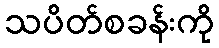
သပိတ်စခန်းကို